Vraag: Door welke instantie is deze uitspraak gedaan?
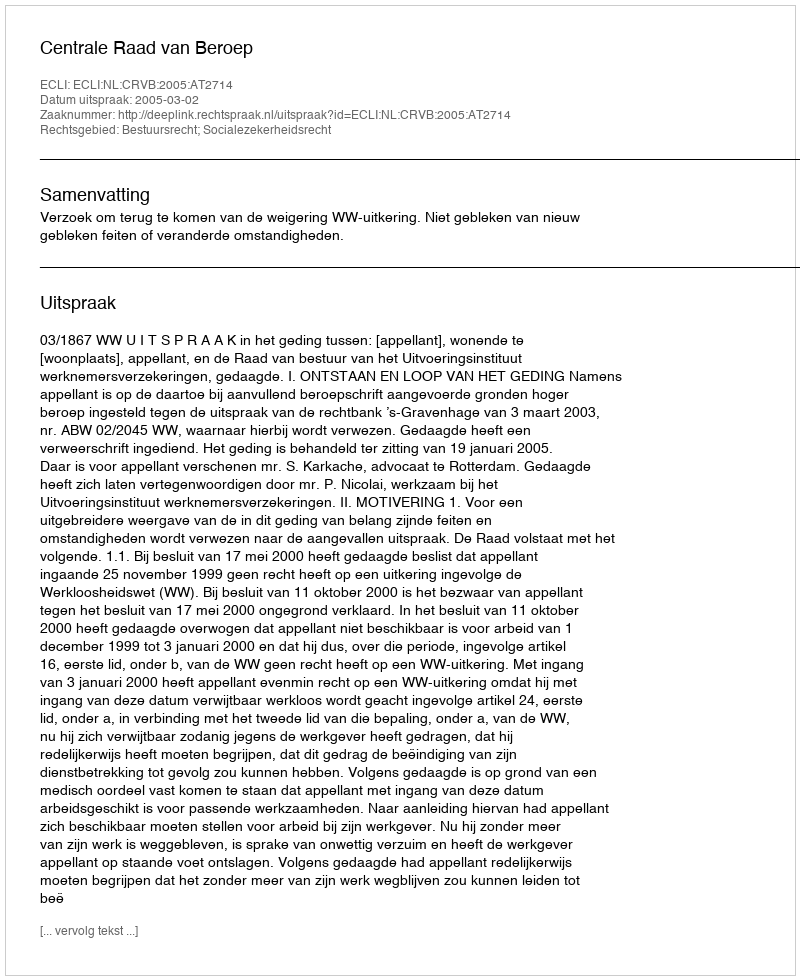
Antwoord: Centrale Raad van Beroep